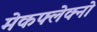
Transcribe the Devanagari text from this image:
मेकफ्लेक्नो